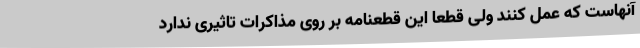
آنهاست که عمل کنند ولی قطعا این قطعنامه بر روی مذاکرات تاثیری ندارد